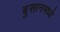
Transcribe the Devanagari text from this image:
बुसानमध्ये